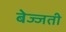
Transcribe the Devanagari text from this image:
बेज्जती